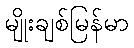
မျိုးချစ်မြန်မာ